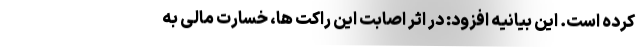
کرده است. این بیانیه افزود: در اثر اصابت این راکت ها، خسارت مالی به